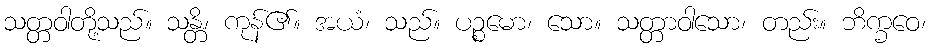
သတ္တဝါတို့သည်။ သန္တိ၊ ကုန်၏။ အယံ၊ သည်။ ပဉ္စမော၊ သော။ သတ္တာဝါသော၊ တည်း။ ဘိက္ခဝေ၊